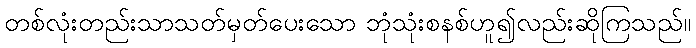
တစ်လုံးတည်းသာသတ်မှတ်ပေးသော ဘုံသုံးစနစ်ဟူ၍လည်းဆိုကြသည်။